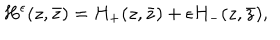
H ^ { \epsilon } ( z , \bar { z } ) = H _ { + } ( z , \bar { z } ) + \epsilon H _ { - } ( z , \bar { z } ) ,